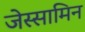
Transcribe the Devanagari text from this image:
जेस्सामिन